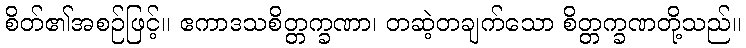
စိတ်၏အစဉ်ဖြင့်။ ဧကာဒသစိတ္တက္ခဏာ၊ တဆဲ့တချက်သော စိတ္တက္ခဏတို့သည်။